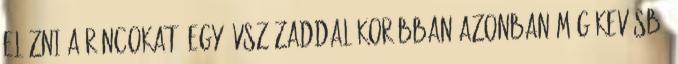
elűzni a ráncokat, egy évszázaddal korábban azonban még kevésbé